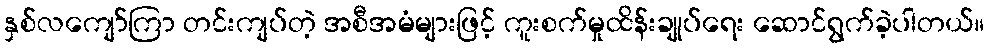
နှစ်လကျော်ကြာ တင်းကျပ်တဲ့ အစီအမံများဖြင့် ကူးစက်မှုထိန်းချုပ်ရေး ဆောင်ရွက်ခဲ့ပါတယ်။